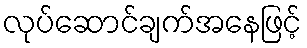
လုပ်ဆောင်ချက်အနေဖြင့်